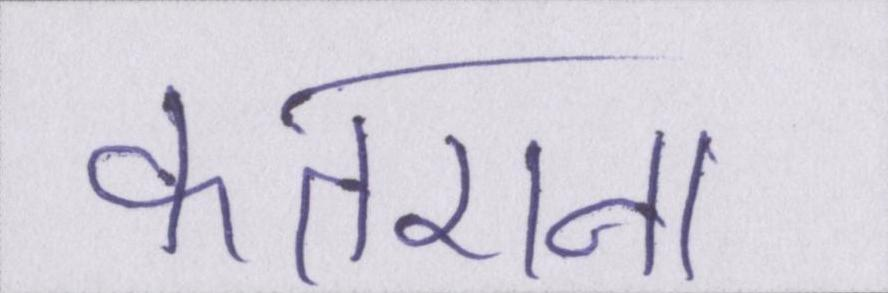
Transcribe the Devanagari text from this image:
कतराना